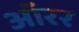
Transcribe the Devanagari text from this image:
ऑरर